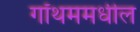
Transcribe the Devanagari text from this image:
गॉथममधील